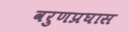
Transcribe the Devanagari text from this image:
वरुणप्रघास